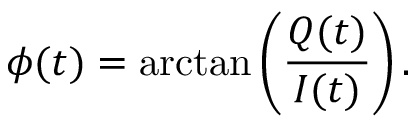
\phi ( t ) = \arctan \left( \frac { Q ( t ) } { I ( t ) } \right) .